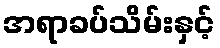
အရာခပ်သိမ်းနှင့်